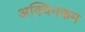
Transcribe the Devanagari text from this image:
अक्विनकम